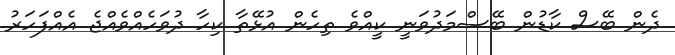
ދެން ބޭސް ކާޑުން ބޭސްމަދުވަނީ ކީއްވެ ތިހެން އުޅޭތާ ކިހާ ދުވަހެއްވެއްޖެ އެއްފަހަރު